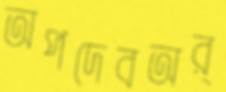
অপদেবঅর্